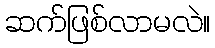
ဆက်ဖြစ်လာမလဲ။